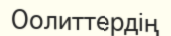
Оолиттердің